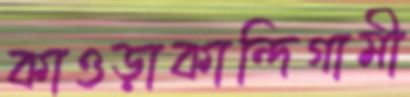
কাওড়াকান্দিগামী